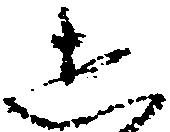
し